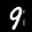
Label: 9